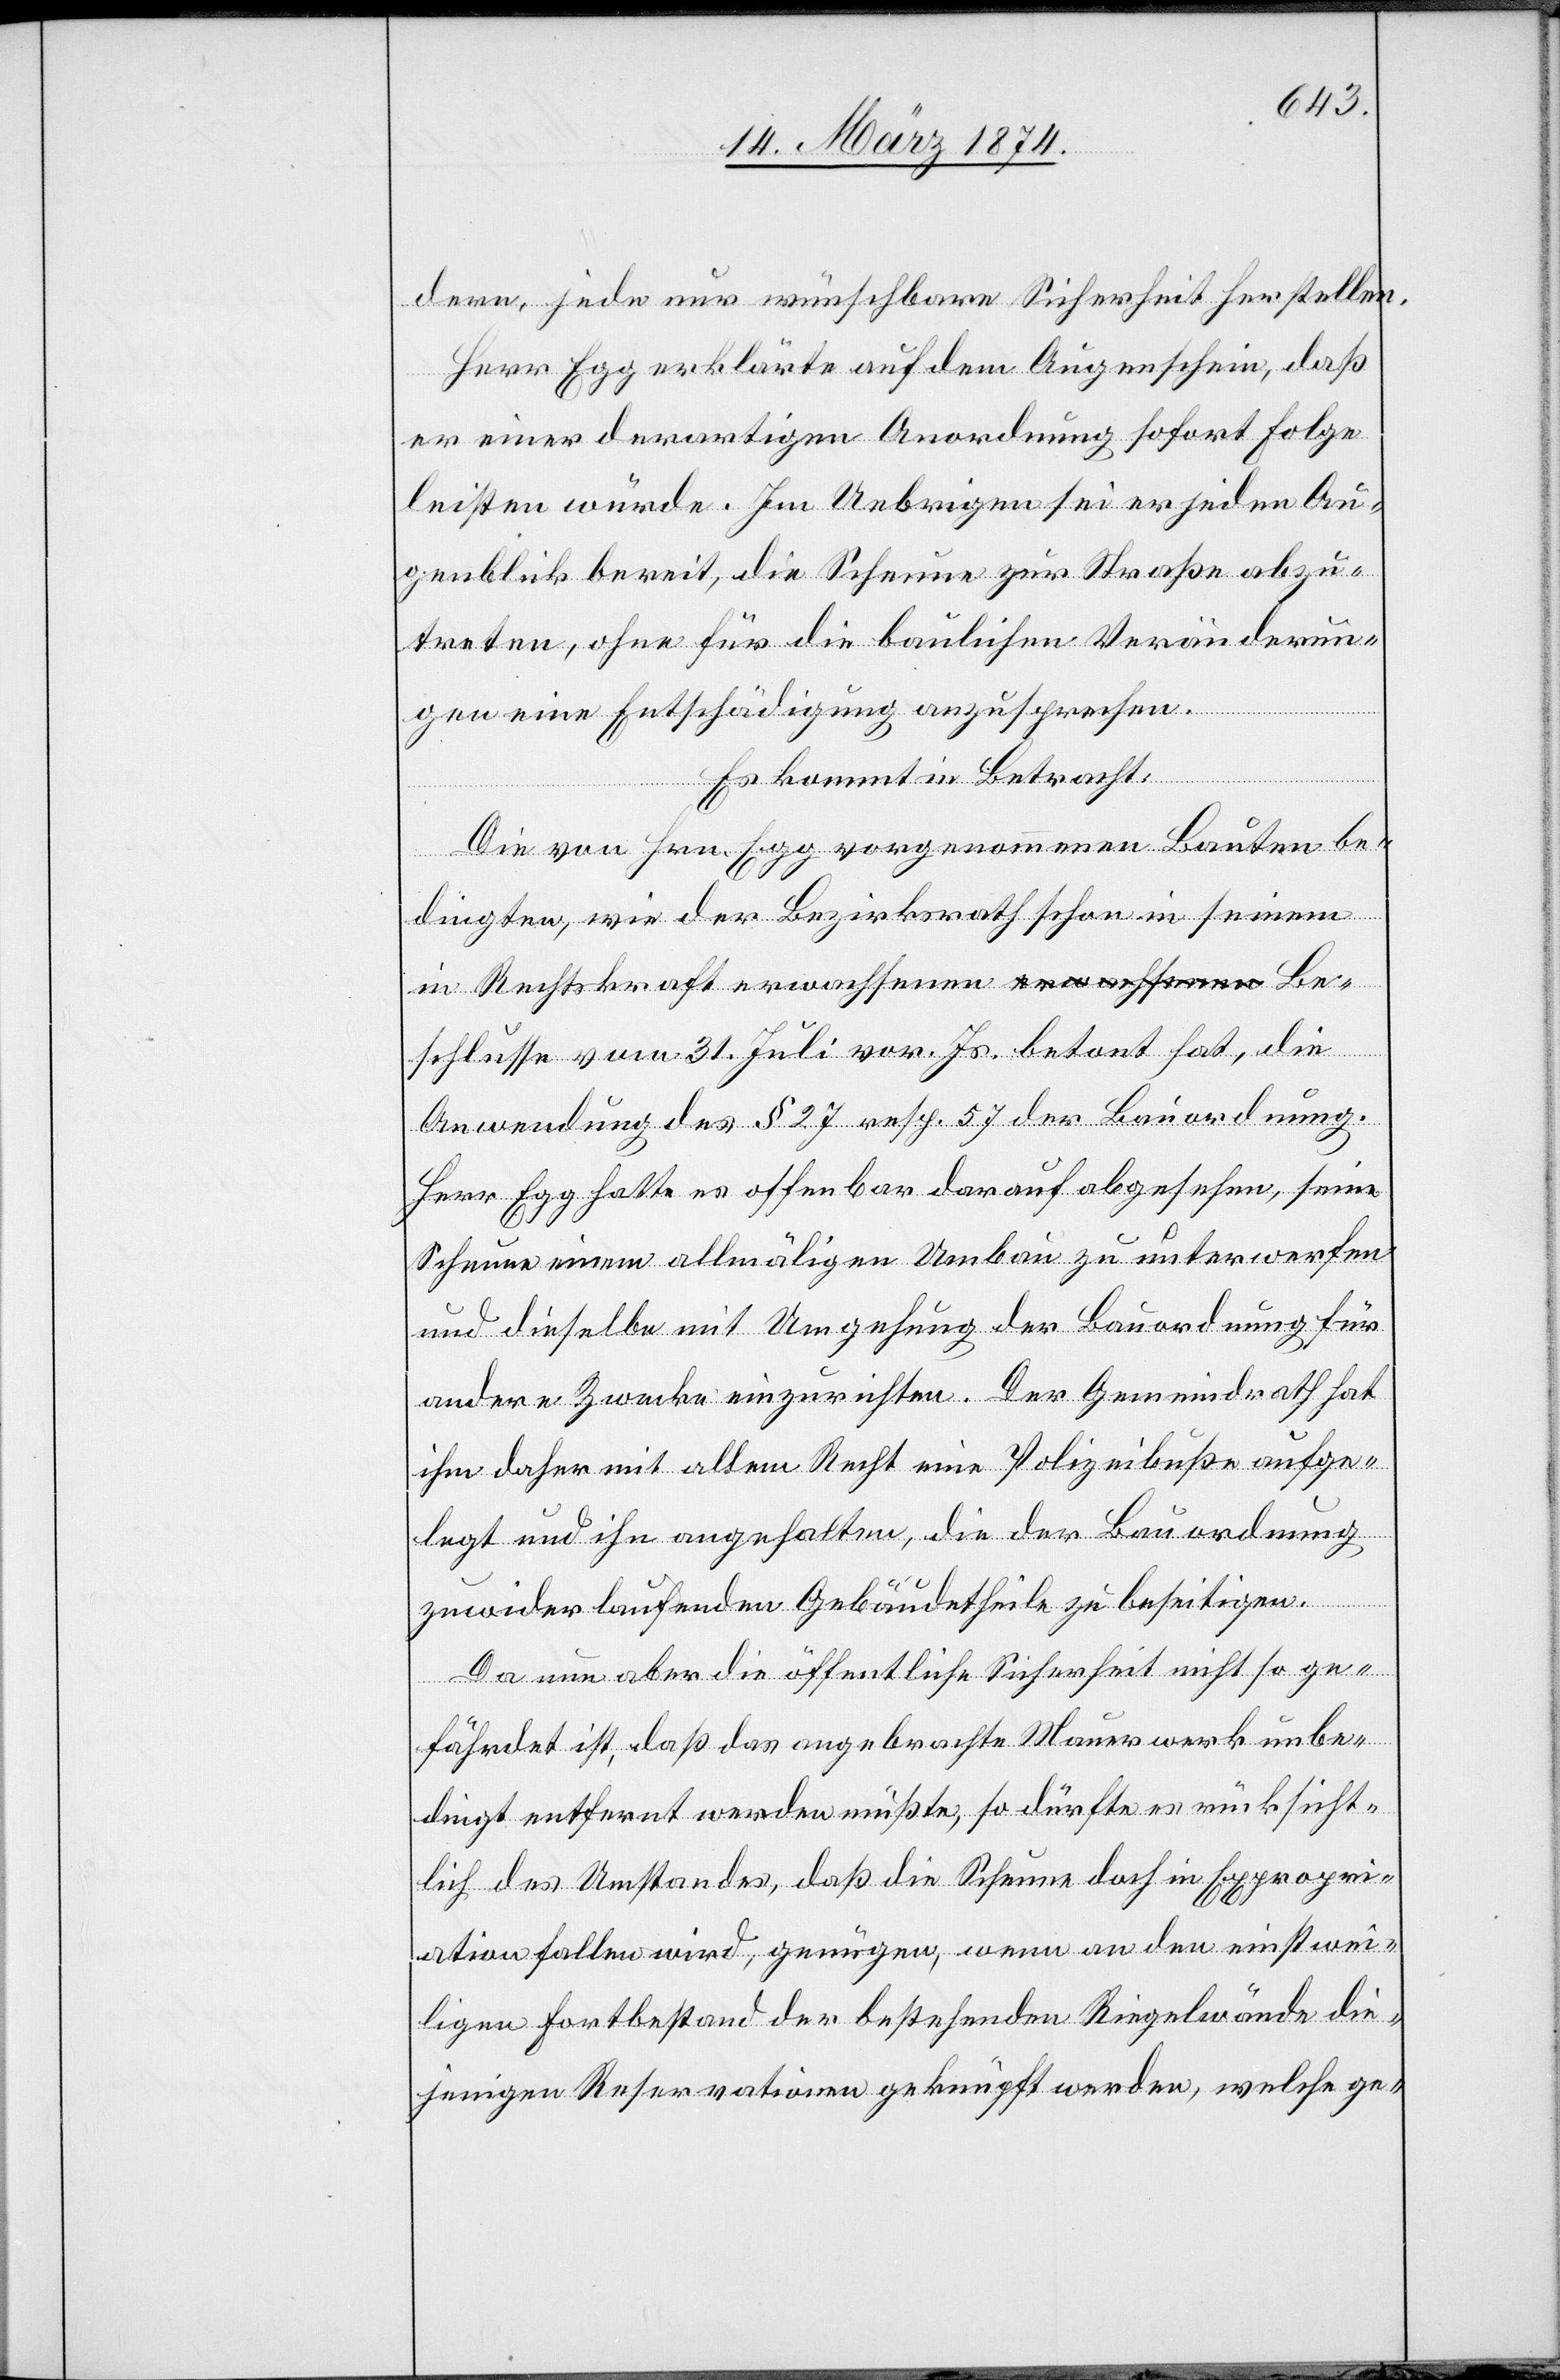
dern, jede nur wünschbare Sicherheit herstellen.
Herr Egg erklärte auf dem Augenschein, daß
er einer derartigen Anordnung sofort Folge
leisten würde. Im Uebrigen sei er jeden Au¬
genblick bereit, die Scheune zur Straße abzu¬
treten, ohne für die baulichen Veränderun¬
gen eine Entschädigung anzusprechen.
Es kommt in Betracht:
Die von Hrn. Egg vorgenommenen Bauten be¬
dingten, wie der Bezirksrath schon in seinem
in Rechtskraft erwachsenen Beschlusse vom
Anwendung des § 27 resp. 57 der Bauordnung.
Herr Egg hatte es offenbar darauf abgesehen, seine
Scheune einem allmäligen Umbau zu unterwerfen
und dieselbe mit Umgehung der Bauordnung für
andere Zwecke einzurichten. Der Gemeindrath hat
ihm daher mit allem Recht eine Polizeibuße aufge¬
legt und ihn angehalten, die der Bauordnung
zuwider laufenden Gebäudetheile zu beseitigen.
Da nun aber die öffentliche Sicherheit nicht so ge¬
fährdet ist, daß das angebrachte Mauerwerk unbe¬
dingt entfernt werden müßte, so dürfte es rücksicht¬
lich des Umstandes, daß die Scheune doch in Expropri¬
ation fallen wird, genügen, wenn an den einstwei¬
ligen Fortbestand der bestehenden Riegelwände die¬
jenigen Reservationen geknüpft werden, welche ge-